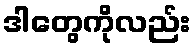
ဒါတွေကိုလည်း